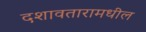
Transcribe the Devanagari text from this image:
दशावतारामधील